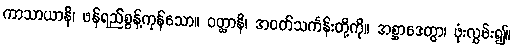
ကာသာယာနိ၊ ဖန်ရည်စွန့်ကုန်သော။ ဝတ္ထာနိ၊ အဝတ်သင်္ကန်းတို့ကို။ အစ္ဆာဒေတွာ၊ ဖုံးလွှမ်း၍။